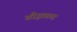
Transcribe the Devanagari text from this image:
बौद्धवाद